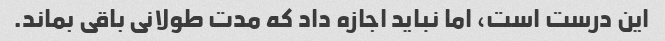
این درست است، اما نباید اجازه داد که مدت طولانی باقی بماند.